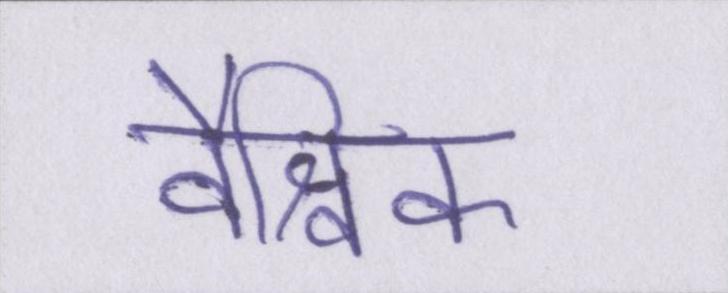
वैश्विक